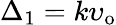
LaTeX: \Delta_{1}=k\upsilon_{\mathrm{o}}